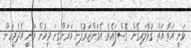
ވަނީ އަތާ އަތް ގުޅާލައިގެން ގޮސްފައެވެ. އެމަންޒަރުފެނި ވަރަށްގިނަ މީހުން ވަނީ އެދެމީހުން